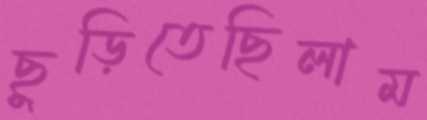
ছুড়িতেছিলাম